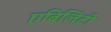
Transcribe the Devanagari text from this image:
एबिलिटी